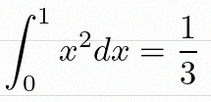
\int_0^1 x^2dx=\frac13